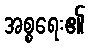
အစ္စရေး၏